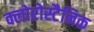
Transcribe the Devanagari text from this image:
क्लोरोस्टैनिक